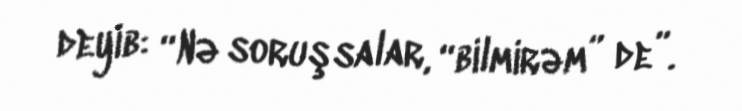
deyib: “Nə soruşsalar, “bilmirəm” de”.